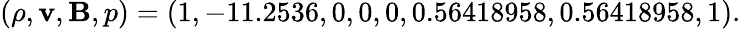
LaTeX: (\rho,\mathbf{v},\mathbf{B},p)=(1,-11.2536,0,0,0,0.56418958,0.56418958,1).